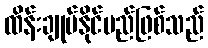
ထိန်းချုပ်နိုင်မည်ဖြစ်သည်